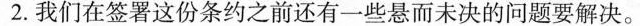
2.我们在签署这份条约之前还有一些悬而未决的问题要解决.